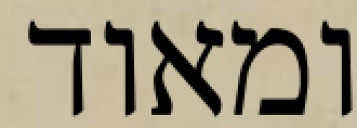
ומאוד